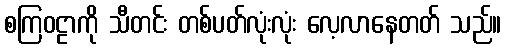
စကြဝဠာကို သီတင်း တစ်ပတ်လုံးလုံး လေ့လာနေတတ် သည်။